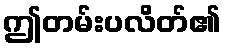
ဤတမ်းပလိတ်၏